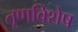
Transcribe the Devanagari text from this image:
तृणविशेष